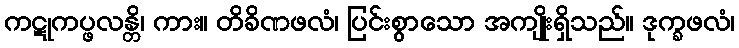
ကဋုကပ္ဖလန္တိ၊ ကား။ တိခိဏဖလံ၊ ပြင်းစွာသော အကျိုးရှိသည်။ ဒုက္ခဖလံ၊